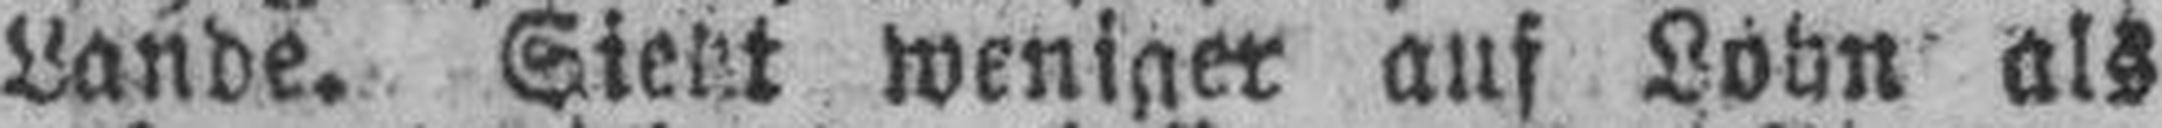
Lande. Siebt weniger auf Lohn als